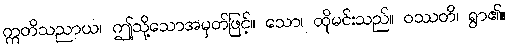
ဣတိသညာယ၊ ဤသို့သောအမှတ်ဖြင့်။ သော၊ ထိုမင်းသည်။ ဝဿတိ၊ ရွာ၏။